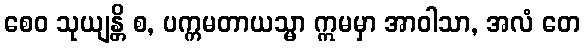
စေဝ သုယျန္တိ စ, ပက္ကမတာယသ္မာ ဣမမှာ အာဝါသာ, အလံ တေ